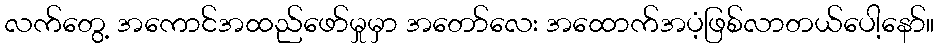
လက်တွေ့ အကောင်အထည်ဖော်မှုမှာ အတော်လေး အထောက်အပံ့ဖြစ်လာတယ်ပေါ့နော်။